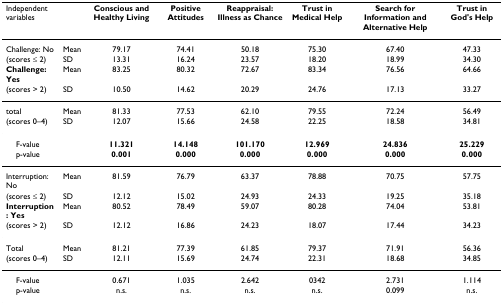
<table><thead><tr><td><b>Independent variables</b></td><td></td><td><b>Conscious and Healthy Living</b></td><td><b>Positive Attitudes</b></td><td><b>Reappraisal: Illness as Chance</b></td><td><b>Trust in Medical Help</b></td><td><b>Search for Information and Alternative Help</b></td><td><b>Trust in God&#x27;s Help</b></td></tr></thead><tbody><tr><td>Challenge: No</td><td>Mean</td><td>79.17</td><td>74.41</td><td>50.18</td><td>75.30</td><td>67.40</td><td>47.33</td></tr><tr><td>(scores ≤ 2)</td><td>SD</td><td>13.31</td><td>16.24</td><td>23.57</td><td>18.20</td><td>18.99</td><td>34.30</td></tr><tr><td><b>Challenge: Yes</b></td><td>Mean</td><td>83.25</td><td>80.32</td><td>72.67</td><td>83.34</td><td>76.56</td><td>64.66</td></tr><tr><td>(scores &gt; 2)</td><td>SD</td><td>10.50</td><td>14.62</td><td>20.29</td><td>24.76</td><td>17.13</td><td>33.27</td></tr><tr><td>total</td><td>Mean</td><td>81.33</td><td>77.53</td><td>62.10</td><td>79.55</td><td>72.24</td><td>56.49</td></tr><tr><td>(scores 0–4)</td><td>SD</td><td>12.07</td><td>15.66</td><td>24.58</td><td>22.25</td><td>18.58</td><td>34.81</td></tr><tr><td> F-value</td><td></td><td><b>11.321</b></td><td><b>14.148</b></td><td><b>101.170</b></td><td><b>12.969</b></td><td><b>24.836</b></td><td><b>25.229</b></td></tr><tr><td> p-value</td><td></td><td><b>0.001</b></td><td><b>0.000</b></td><td><b>0.000</b></td><td><b>0.000</b></td><td><b>0.000</b></td><td><b>0.000</b></td></tr><tr><td>Interruption: No</td><td>Mean</td><td>81.59</td><td>76.79</td><td>63.37</td><td>78.88</td><td>70.75</td><td>57.75</td></tr><tr><td>(scores ≤ 2)</td><td>SD</td><td>12.12</td><td>15.02</td><td>24.93</td><td>24.33</td><td>19.25</td><td>35.18</td></tr><tr><td><b>Interruption: Yes</b></td><td>Mean</td><td>80.52</td><td>78.49</td><td>59.07</td><td>80.28</td><td>74.04</td><td>53.81</td></tr><tr><td>(scores &gt; 2)</td><td>SD</td><td>12.12</td><td>16.86</td><td>24.23</td><td>18.07</td><td>17.44</td><td>34.23</td></tr><tr><td>Total</td><td>Mean</td><td>81.21</td><td>77.39</td><td>61.85</td><td>79.37</td><td>71.91</td><td>56.36</td></tr><tr><td>(scores 0–4)</td><td>SD</td><td>12.11</td><td>15.69</td><td>24.74</td><td>22.31</td><td>18.68</td><td>34.85</td></tr><tr><td> F-value</td><td></td><td>0.671</td><td>1.035</td><td>2.642</td><td>0342</td><td>2.731</td><td>1.114</td></tr><tr><td> p-value</td><td></td><td>n.s.</td><td>n.s.</td><td>n.s.</td><td>n.s.</td><td>0.099</td><td>n.s.</td></tr></tbody></table>